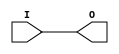
module IBUFG_PCIX66_3 (O, I);

    output O;

    input  I;

	buf B1 (O, I);


endmodule